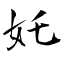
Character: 奼